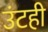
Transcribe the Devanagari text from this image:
उंटही